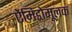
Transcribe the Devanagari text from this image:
ऐमिडोमूलक